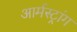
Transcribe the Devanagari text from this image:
आर्मस्‍ट्रांग